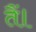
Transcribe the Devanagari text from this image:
तैं।